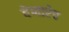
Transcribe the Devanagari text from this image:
देणारेच